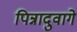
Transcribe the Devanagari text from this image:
पिन्नादुवागे